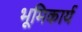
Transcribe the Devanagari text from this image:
भूमिकार्य